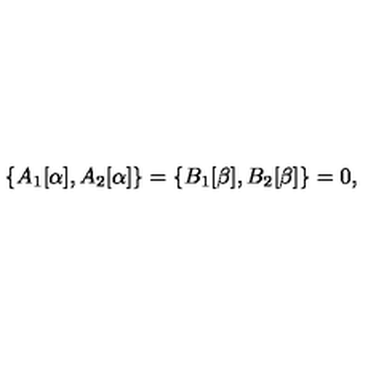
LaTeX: \{ A _ { 1 } [ \alpha ] , A _ { 2 } [ \alpha ] \} = \{ B _ { 1 } [ \beta ] , B _ { 2 } [ \beta ] \} = 0 ,